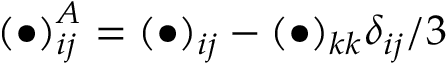
\left( \bullet \right) _ { i j } ^ { A } = { \left( \bullet \right) _ { i j } } - { \left( \bullet \right) _ { k k } } { \delta _ { i j } } / 3